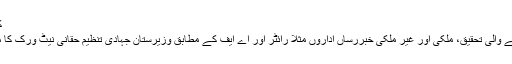
کب کس کا ٹھکانہ رہا
وزیرستان پر کی جانے والی تحقیق، ملکی اور غیر ملکی خبررساں اداروں مثلاً رائٹر اور اے ایف کے مطابق وزیرستان جہادی تنظیم حقانی نیٹ ورک کا محفوظ ٹھکانا رہا ہے۔